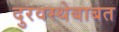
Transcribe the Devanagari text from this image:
दुरवस्थेबाबत